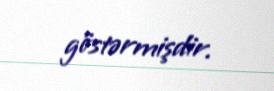
göstərmişdir.